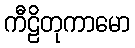
ကီဠိတုကာမော